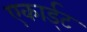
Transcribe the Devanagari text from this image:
एकार्ड्‌ट